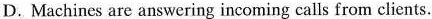
D. Machincs are answering incoming calls from clients.